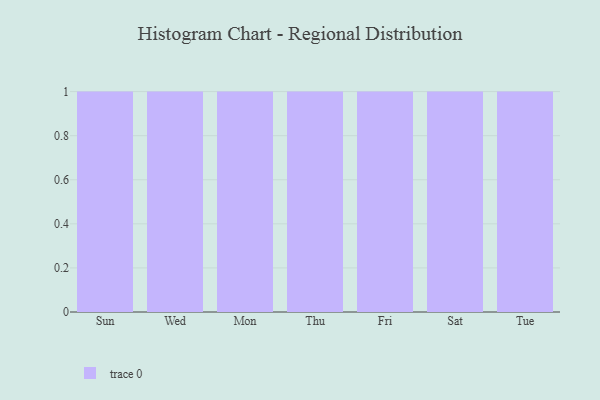
{"axis": {"x": "Day", "y": "Website Visitors"}, "legend": [""], "data": [{"x": "Sun", "y": 92, "type": ""}, {"x": "Wed", "y": 16, "type": ""}, {"x": "Mon", "y": 55, "type": ""}, {"x": "Thu", "y": 46, "type": ""}, {"x": "Fri", "y": 67, "type": ""}, {"x": "Sat", "y": 29, "type": ""}, {"x": "Tue", "y": 27, "type": ""}]}